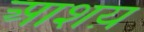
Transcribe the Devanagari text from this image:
आशय़